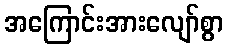
အကြောင်းအားလျော်စွာ